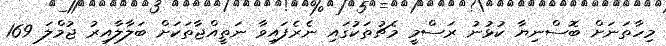
މިހާތަނަށް ބޮސްނިޔާ ކުޅުނު ރަސްމީ މެޗުތަކުގައި ނެރެފައިވާ ނަތީއްޖާތަކަށް ބަލާލާއިރު ޖުމްލަ 169